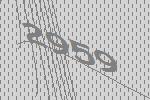
2959